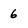
Character: 6